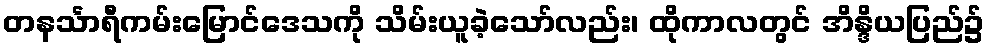
တနင်္သာရီကမ်းမြောင်ဒေသကို သိမ်းယူခဲ့သော်လည်း၊ ထိုကာလတွင် အိန္ဒိယပြည်၌